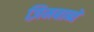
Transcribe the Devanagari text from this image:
ज़िमबाब्वे